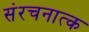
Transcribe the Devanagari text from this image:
संरचनात्क